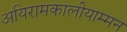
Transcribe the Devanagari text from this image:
अयिरामकालीयाम्मन